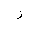
Letter: _zay